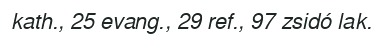
kath., 25 evang., 29 ref., 97 zsidó lak.